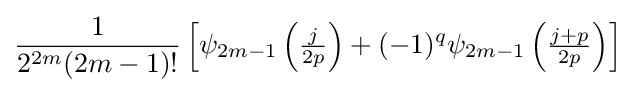
{\frac {1}{2^{2m}(2m-1)!}}\left[\psi _{2m-1}\left({\tfrac {j}{2p}}\right)+(-1)^{q}\psi _{2m-1}\left({\tfrac {j+p}{2p}}\right)\right]